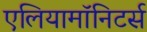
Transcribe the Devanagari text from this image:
एलियामॉनिटर्स